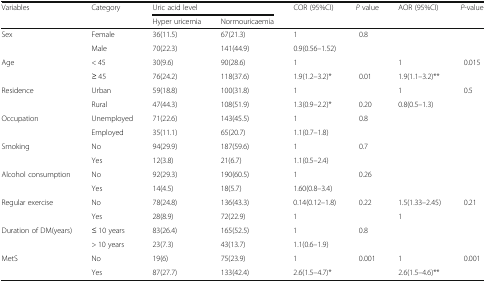
<table><thead><tr><td rowspan="2"><b>Variables</b></td><td rowspan="2"><b>Category</b></td><td colspan="2"><b>Uric acid level</b></td><td rowspan="2"><b>COR (95%CI)</b></td><td rowspan="2"><b><i>P</i> value</b></td><td rowspan="2"><b>AOR (95%CI)</b></td><td rowspan="2"><b><i>P</i>-value</b></td></tr><tr><td><b>Hyper uricemia</b></td><td><b>Normouricaemia</b></td></tr></thead><tbody><tr><td rowspan="2">Sex</td><td>Female</td><td>36(11.5)</td><td>67(21.3)</td><td>1</td><td rowspan="2">0.8</td><td rowspan="2"></td><td rowspan="2"></td></tr><tr><td>Male</td><td>70(22.3)</td><td>141(44.9)</td><td>0.9(0.56–1.52)</td></tr><tr><td rowspan="2">Age</td><td>&lt; 45</td><td>30(9.6)</td><td>90(28.6)</td><td>1</td><td></td><td>1</td><td rowspan="2">0.015</td></tr><tr><td>≥ 45</td><td>76(24.2)</td><td>118(37.6)</td><td>1.9(1.2–3.2)*</td><td>0.01</td><td>1.9(1.1–3.2)**</td></tr><tr><td rowspan="2">Residence</td><td>Urban</td><td>59(18.8)</td><td>100(31.8)</td><td>1</td><td></td><td>1</td><td rowspan="2">0.5</td></tr><tr><td>Rural</td><td>47(44.3)</td><td>108(51.9)</td><td>1.3(0.9–2.2)*</td><td>0.20</td><td>0.8(0.5–1.3)</td></tr><tr><td rowspan="2">Occupation</td><td>Unemployed</td><td>71(22.6)</td><td>143(45.5)</td><td>1</td><td rowspan="2">0.8</td><td rowspan="2"></td><td rowspan="2"></td></tr><tr><td>Employed</td><td>35(11.1)</td><td>65(20.7)</td><td>1.1(0.7–1.8)</td></tr><tr><td rowspan="2">Smoking</td><td>No</td><td>94(29.9)</td><td>187(59.6)</td><td>1</td><td rowspan="2">0.7</td><td rowspan="2"></td><td rowspan="2"></td></tr><tr><td>Yes</td><td>12(3.8)</td><td>21(6.7)</td><td>1.1(0.5–2.4)</td></tr><tr><td rowspan="2">Alcohol consumption</td><td>No</td><td>92(29.3)</td><td>190(60.5)</td><td>1</td><td rowspan="2">0.26</td><td rowspan="2"></td><td rowspan="2"></td></tr><tr><td>Yes</td><td>14(4.5)</td><td>18(5.7)</td><td>1.60(0.8–3.4)</td></tr><tr><td rowspan="2">Regular exercise</td><td>No</td><td>78(24.8)</td><td>136(43.3)</td><td>0.14(0.12–1.8)</td><td rowspan="2">0.22</td><td>1.5(1.33–2.45)</td><td rowspan="2">0.21</td></tr><tr><td>Yes</td><td>28(8.9)</td><td>72(22.9)</td><td>1</td><td>1</td></tr><tr><td rowspan="2">Duration of DM(years)</td><td>≤ 10 years</td><td>83(26.4)</td><td>165(52.5)</td><td>1</td><td rowspan="2">0.8</td><td rowspan="2"></td><td rowspan="2"></td></tr><tr><td>&gt; 10 years</td><td>23(7.3)</td><td>43(13.7)</td><td>1.1(0.6–1.9)</td></tr><tr><td rowspan="2">MetS</td><td>No</td><td>19(6)</td><td>75(23.9)</td><td>1</td><td rowspan="2">0.001</td><td>1</td><td rowspan="2">0.001</td></tr><tr><td>Yes</td><td>87(27.7)</td><td>133(42.4)</td><td>2.6(1.5–4.7)*</td><td>2.6(1.5–4.6)**</td></tr></tbody></table>